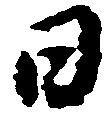
日